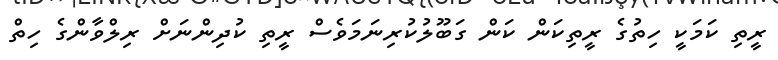
ރީތި ކަމަކީ ހިތުގެ ރީތިކަން ކަން ގަބޫލުކުރިނަމަވެސް ރީތި ކުދިންނަށް ރިލްވާންގެ ހިތް